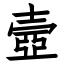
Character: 壼